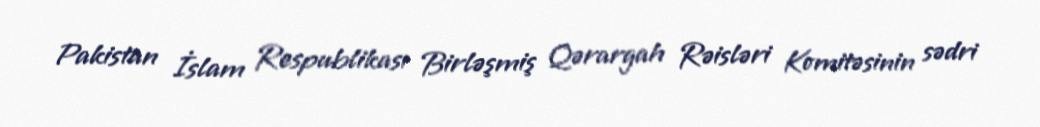
Pakistan İslam Respublikası Birləşmiş Qərargah Rəisləri Komitəsinin sədri